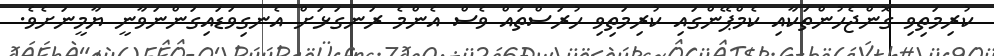
ކުރިމަތިވި ގޮންޖެހުންތަކާއި ކެމްޕޭންގައި ކުރިމަތިވި ހުރަސްތައް ވެސް އެންމެ ރަނގަޅަށް އެނގިވަޑައިގަންނަވާނީ ޔާމީނަށެވެ.